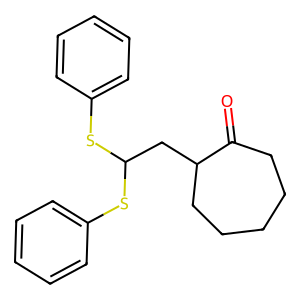
SMILES: O=C1CCCCCC1CC(Sc1ccccc1)Sc1ccccc1
Inhibits HIV replication: No